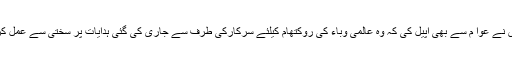
پولیس نے عوا م سے بھی اپیل کی کہ وہ عالمی وباء کی روکتھام کیلئے سرکارکی طرف سے جاری کی گئی ہدایات پر سختی سے عمل کریں ۔